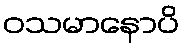
ဝသမာနောပိ